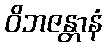
ဝိဘဇန္တာနံ